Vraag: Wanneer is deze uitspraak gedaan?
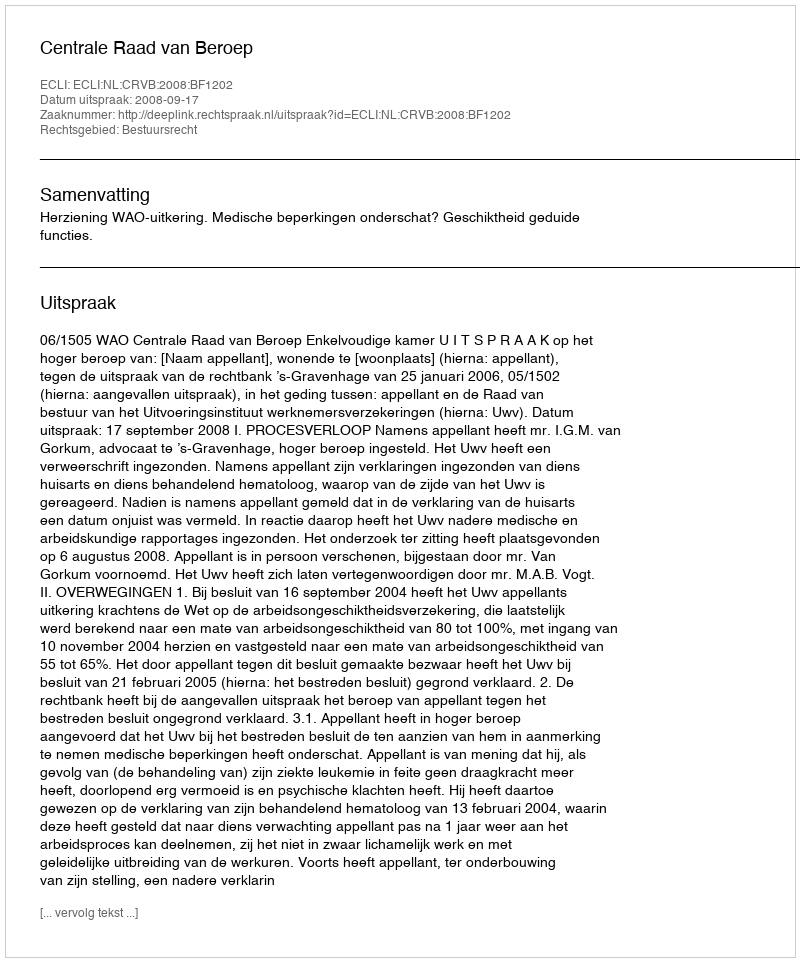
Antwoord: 2008-09-17